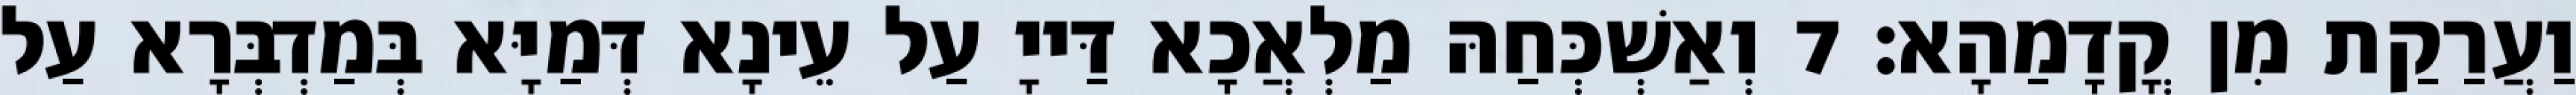
וַעֲרַקַת מִן קֳדָמַהָא׃ 7 וְאַשְׁכְּחַהּ מַלְאֲכָא דַּייָ עַל עֵינָא דְּמַיָּא בְּמַדְבְּרָא עַל